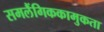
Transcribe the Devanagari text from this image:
समलैंगिककामुकता